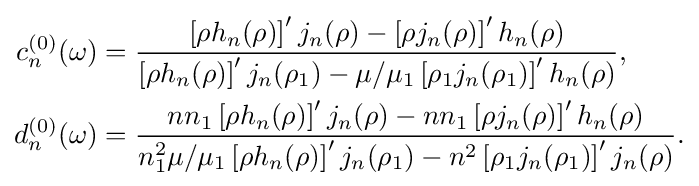
{\begin{aligned}c_{n}^{(0)}(\omega )&={\frac {\left[\rho h_{n}(\rho )\right]'j_{n}(\rho )-\left[\rho j_{n}(\rho )\right]'h_{n}(\rho )}{\left[\rho h_{n}(\rho )\right]'j_{n}(\rho _{1})-\mu /\mu _{1}\left[\rho _{1}j_{n}(\rho _{1})\right]'h_{n}(\rho )}},\\d_{n}^{(0)}(\omega )&={\frac {nn_{1}\left[\rho h_{n}(\rho )\right]'j_{n}(\rho )-nn_{1}\left[\rho j_{n}(\rho )\right]'h_{n}(\rho )}{n_{1}^{2}\mu /\mu _{1}\left[\rho h_{n}(\rho )\right]'j_{n}(\rho _{1})-n^{2}\left[\rho _{1}j_{n}(\rho _{1})\right]'j_{n}(\rho )}}.\end{aligned}}